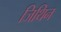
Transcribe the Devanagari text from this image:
जिथिन